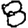
Digit: 8